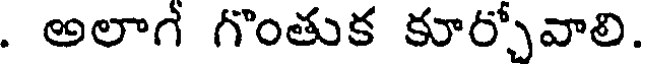
. అలాగ గొంతుక కూర్చోవాలి.